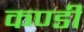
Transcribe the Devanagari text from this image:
कण्डी